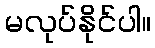
မလုပ်နိုင်ပါ။